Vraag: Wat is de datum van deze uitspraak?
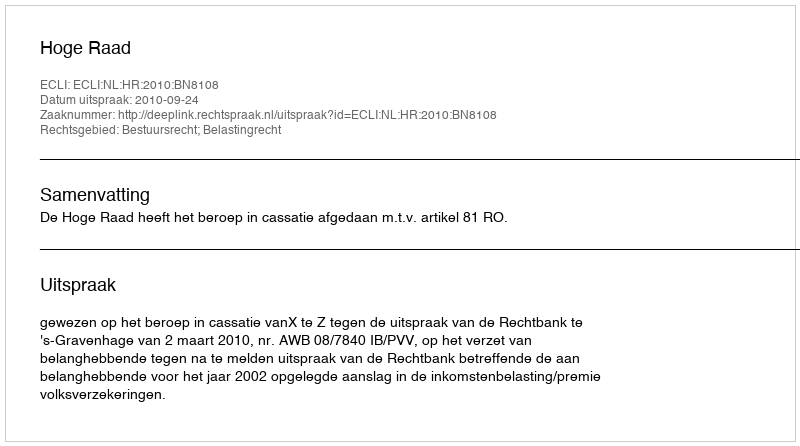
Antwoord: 2010-09-24